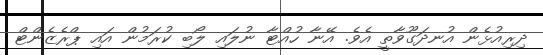
ދިރިއުޅެން އުނދަގޫވާތީ އެވެ. އޭނާ ހުއްޓާ ނުލައި ލޯބި ކުރަމުން އައި ޕްރެޒެންޓް